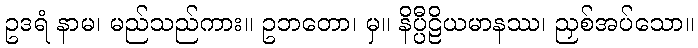
ဥဒရံ နာမ၊ မည်သည်ကား။ ဥဘတော၊ မှ။ နိပ္ပီဠိယမာနဿ၊ ညှစ်အပ်သော။